Report on vaccination in the Province of Bengal - 1874-1889
Year: 1874
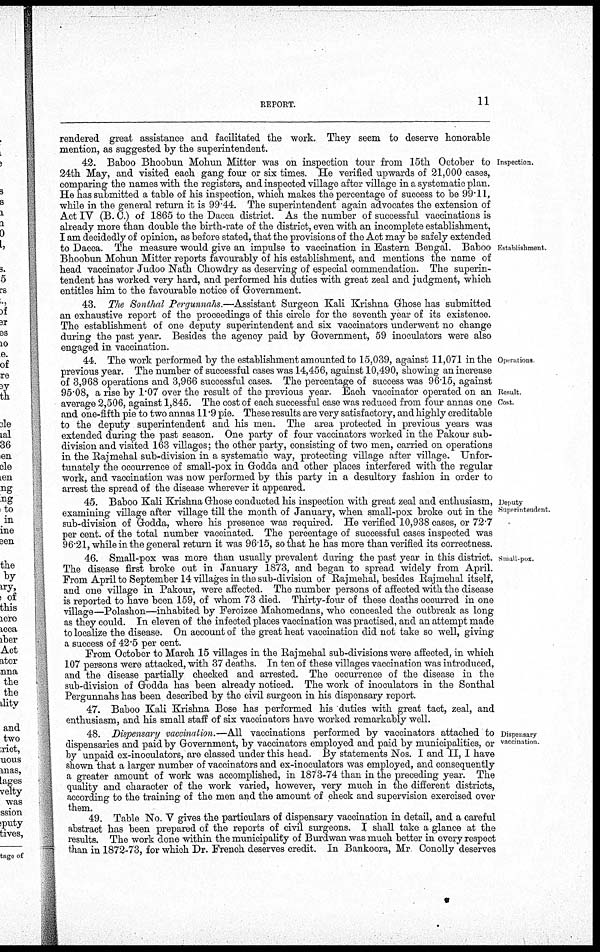
REPORT.
11
rendered great assistance and facilitated the work. They seem to deserve honorable
mention, as suggested by the superintendent.
Inspection.
Establishment.
42. Baboo Bhoobun Mohun Mitter was on inspection tour from 15th October to
24th May, and visited each gang four or six times. He verified upwards of 21,000 cases,
comparing the names with the registers, and inspected village after village in a systematic plan.
He has submitted a table of his inspection, which makes the percentage of success to be 99.11,
while in the general return it is 99.44. The superintendent again advocates the extension of
Act IV (B. C.) of 1865 to the Dacca district. As the number of successful vaccinations is
already more than double the birth-rate of the district, even with an incomplete establishment,
I am decidedly of opinion, as before stated, that the provisions of the Act may be safely extended
to Dacca. The measure would give an impulse to vaccination in Eastern Bengal. Baboo
Bhoobun Mohun Mitter reports favourably of his establishment, and mentions the name of
head vaccinator Judoo Nath Chowdry as deserving of especial commendation. The superin-
tendent has worked very hard, and performed his duties with great zeal and judgment, which
entitles him to the favourable notice of Government.
43. The Sonthal Pergunnahs.—Assistant Surgeon Kali Krishna Ghose has submitted
an exhaustive report of the proceedings of this circle for the seventh year of its existence.
The establishment of one deputy superintendent and six vaccinators underwent no change
during the past year. Besides the agency paid by Government, 59 inoculators were also
engaged in vaccination.
Operations.
Result
Cost.
44. The work performed by the establishment amounted to 15,039, against 11,071 in the
previous year. The number of successful cases was 14,456, against 10,490, showing an increase
of 3,968 operations and 3,966 successful cases. The percentage of success was 96.15, against
95.08, a rise by 1.07 over the result of the previous year. Each vaccinator operated on an
average 2,506, against 1,845. The cost of each successful case was reduced from four annas one
and one-fifth pie to two annas 11.9 pie. These results are very satisfactory, and highly creditable
to the deputy superintendent and his men. The area protected in previous years was
extended during the past season. One party of four vaccinators worked in the Pakour sub-
division and visited 163 villages; the other party, consisting of two men, carried on operations
in the Rajmehal sub-division in a systematic way, protecting village after village. Unfor-
tunately the occurrence of small-pox in Godda and other places interfered with the regular
work, and vaccination was now performed by this party in a desultory fashion in order to
arrest the spread of the disease wherever it appeared.
Deputy
Superintendent.
45. Baboo Kali Krishna Ghose conducted his inspection with great zeal and enthusiasm,
examining village after village till the month of January, when small-pox broke out in the
sub-division of Godda, where his presence was required. He verified 10,938 cases, or 72.7
per cent. of the total number vaccinated. The percentage of successful cases inspected was
96.21, while in the general return it was 96.15, so that he has more than verified its correctness.
Small-pox.
46. Small-pox was more than usually prevalent during the past year in this district.
The disease first broke out in January 1873, and began to spread widely from April.
From April to September 14 villages in the sub-division of Rajmehal, besides Rajmehal itself,
and one village in Pakour, were affected. The number persons of affected with the disease
is reported to have been 159, of whom 73 died. Thirty-four of these deaths occurred in one
village—Polashon—inhabited by Feroizee Mahomedans, who concealed the outbreak as long
as they could. In eleven of the infected places vaccination was practised, and an attempt made
to localize the disease. On account of the great heat vaccination did not take so well, giving
a success of 42.5 per cent.
From October to March 15 villages in the Rajmehal sub-divisions were affected, in which
107 persons were attacked, with 37 deaths. In ten of these villages vaccination was introduced,
and the disease partially checked and arrested. The occurrence of the disease in the
sub-division of Godda has been already noticed. The work of inoculators in the Sonthal
Pergunnahs has been described by the civil surgeon in his dispensary report.
47. Baboo Kali Krishna Bose has performed his duties with great tact, zeal, and
enthusiasm, and his small staff of six vaccinators have worked remarkably well.
Dispensary
vaccination.
48. Dispensary vaccination.—All vaccinations performed by vaccinators attached to
dispensaries and paid by Government, by vaccinators employed and paid by municipalities, or
by unpaid ex-inoculators, are classed under this head. By statements Nos. I and II, I have
shown that a larger number of vaccinators and ex-inoculators was employed, and consequently
a greater amount of work was accomplished, in 1873-74 than in the preceding year. The
quality and character of the work varied, however, very much in the different districts,
according to the training of the men and the amount of check and supervision exercised over
them.
49. Table No. V gives the particulars of dispensary vaccination in detail, and a careful
abstract has been prepared of the reports of civil surgeons. I shall take a glance at the
results. The work done within the municipality of Burdwan was much better in every respect
than in 1872-73, for which Dr. French deserves credit. In Bankoora, Mr Conolly deserves